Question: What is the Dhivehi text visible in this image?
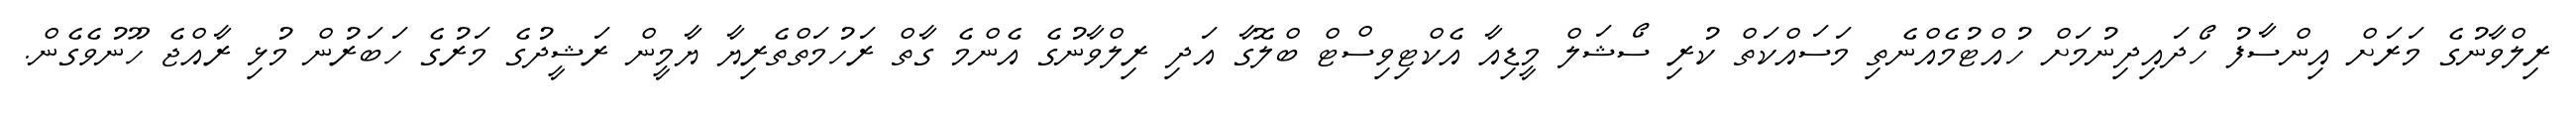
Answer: ރިލްވާނުގެ މަރަށް އިންސާފު ހޯދައިދިނުމަށް ހުއްޓުމެއްނެތި މަސައްކަތް ކުރި ސޯޝަލް މީޑިއާ އެކްޓިވިސްޓް ބްލޮގާ އަދި ރިލްވާނުގެ އެންމެ ގާތް ރަހުމަތްތެރިޔާ ޔާމީން ރަޝީދުގެ މަރުގެ ހަބަރުން މުޅި ރާއްޖެ ހޫނުވެގެން.